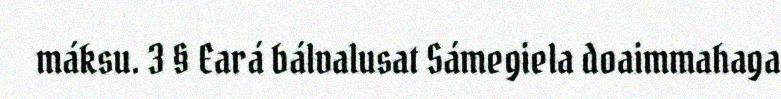
máksu. 3 § Eará bálvalusat Sámegiela doaimmahaga